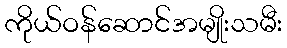
ကိုယ်ဝန်ဆောင်အမျိုးသမီး